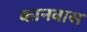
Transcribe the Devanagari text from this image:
कानवास